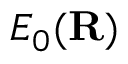
E _ { 0 } ( { \mathbf { R } } )